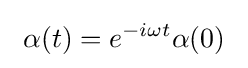
~\alpha (t)=e^{-i\omega t}\alpha (0)~